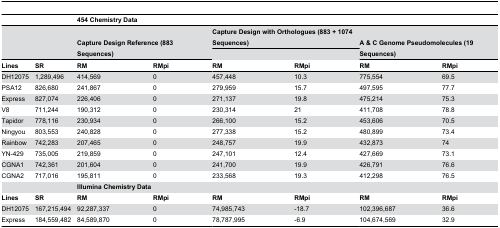
| <COLSPAN=2>  | <COLSPAN=6> 454 Chemistry Data |
 | <COLSPAN=2>  | <COLSPAN=2> Capture Design Reference (883 Sequences) | <COLSPAN=2> Capture Design with Orthologues (883 + 1074 Sequences) | <COLSPAN=2> A & C Genome Pseudomolecules (19 Sequences) |
 | Lines | SR | RM | RMpi | RM | RMpi | RM | RMpi |
 | --- | --- | --- | --- | --- | --- | --- | --- |
 | DH12075 | 1,289,496 | 414,569 | 0 | 457,448 | 10.3 | 775,554 | 69.5 |
 | PSA12 | 826,680 | 241,867 | 0 | 279,959 | 15.7 | 497,595 | 77.7 |
 | Express | 827,074 | 226,406 | 0 | 271,137 | 19.8 | 475,214 | 75.3 |
 | V8 | 711,244 | 190,312 | 0 | 230,314 | 21 | 411,708 | 78.8 |
 | Tapidor | 778,116 | 230,934 | 0 | 266,100 | 15.2 | 453,606 | 70.5 |
 | Ningyou | 803,553 | 240,828 | 0 | 277,338 | 15.2 | 480,899 | 73.4 |
 | Rainbow | 742,283 | 207,465 | 0 | 248,757 | 19.9 | 432,873 | 74 |
 | YN-429 | 735,005 | 219,859 | 0 | 247,101 | 12.4 | 427,669 | 73.1 |
 | CGNA1 | 742,361 | 201,604 | 0 | 241,700 | 19.9 | 426,791 | 76.6 |
 | CGNA2 | 717,016 | 195,811 | 0 | 233,568 | 19.3 | 412,298 | 76.5 |
 | <COLSPAN=2>  | <COLSPAN=6> Illumina Chemistry Data |
 | Lines | SR | RM | RMpi | RM | RMpi | RM | RMpi |
 | DH12075 | 167,215,494 | 92,287,337 | 0 | 74,985,743 | -18.7 | 102,396,687 | 36.6 |
 | Express | 184,559,482 | 84,589,870 | 0 | 78,787,995 | -6.9 | 104,674,569 | 32.9 |